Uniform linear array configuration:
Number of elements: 4
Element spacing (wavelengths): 0.25
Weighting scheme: exponential
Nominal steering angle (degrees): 0
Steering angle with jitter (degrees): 0.3508
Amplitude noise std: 0.05
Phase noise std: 0.05

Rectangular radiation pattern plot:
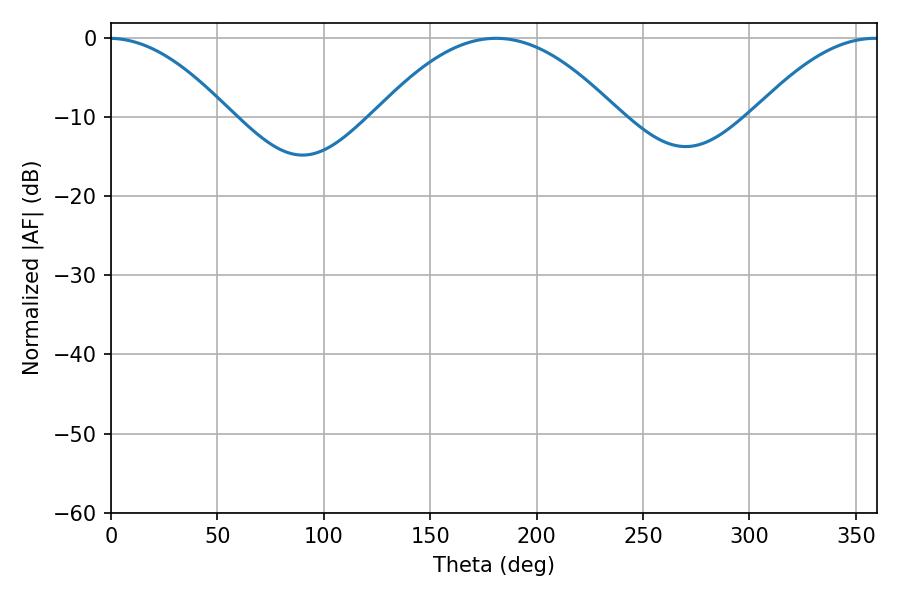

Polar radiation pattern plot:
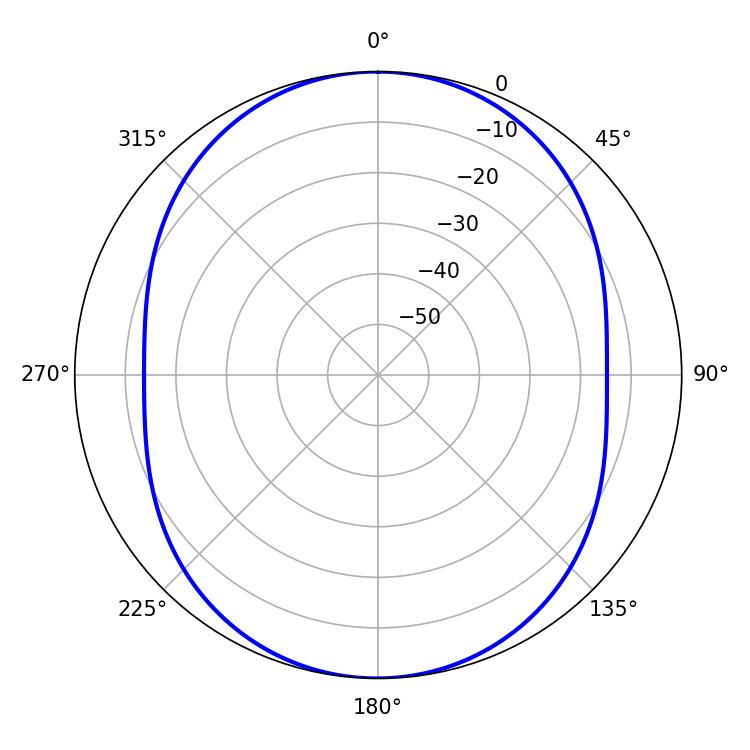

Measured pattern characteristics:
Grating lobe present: FALSE
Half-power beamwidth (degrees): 62.28
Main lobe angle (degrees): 180.9